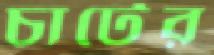
চার্টের